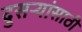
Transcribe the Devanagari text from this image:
दुसऱ्यांसाठी